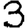
Digit: 3